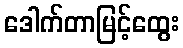
ဒေါက်တာမြင့်ထွေး